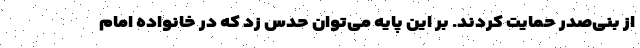
از بنی‌صدر حمایت کردند. بر این پایه می‌توان حدس زد که در خانواده امام